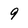
Character: 9